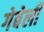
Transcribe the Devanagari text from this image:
गेबेली